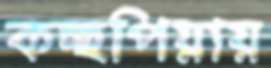
কচ্ছপিয়ায়